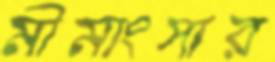
মীমাংসার